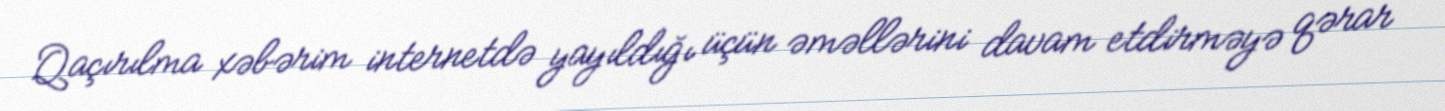
Qaçırılma xəbərim internetdə yayıldığı üçün əməllərini davam etdirməyə qərar